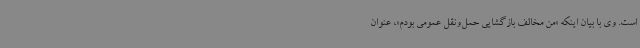
است. وی با بیان اینکه «من مخالف بازگشایی حمل‌ونقل عمومی بودم»، عنوان